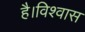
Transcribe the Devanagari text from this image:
है।विश्वास